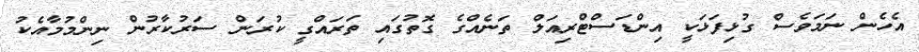
އެހެން ނަމަވެސް ގުޅިފަޅަކީ އިންޑަސްޓްރިއަލް ތަނެއްގެ ގޮތުގައި ތަރައްގީ ކުރަން ސަރުކާރުން ނިންމުމާއެކު